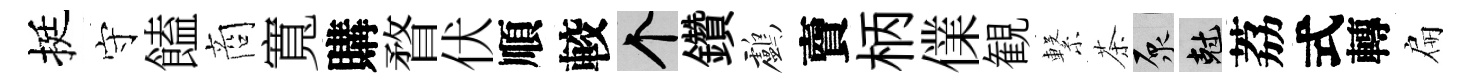
挺守饁商寬購瞀伏順較个鑽鸕𧶠柄㒒観繋茶原剋荔式轉扁